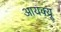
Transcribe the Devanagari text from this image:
आयक्यू